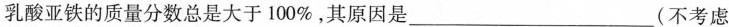
乳酸亚铁的质量分数总是大于100%，其原因是___(不考虑